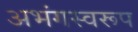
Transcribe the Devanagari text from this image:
अभंगस्वरूप